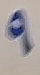
9